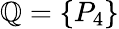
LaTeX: \mathbb{Q}=\{ P_{4}\}